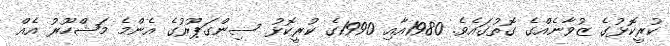
ކުރީކޮޅުގެ ޒުވާނެއްގެ ގޮތުގައެވެ. 1980އާއި 1990ގެ ކުރީކޮޅު ސިންގަޕޫރުގެ އެންމެ މަޝްހޫރު އެއް